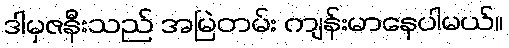
ဒါမှဇနီးသည် အမြဲတမ်း ကျန်းမာနေပါမယ်။